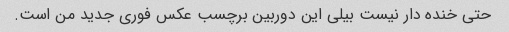
حتی خنده دار نیست بیلی این دوربین برچسب عکس فوری جدید من است.